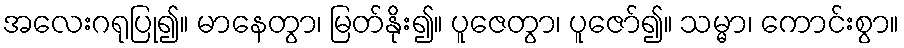
အလေးဂရုပြု၍။ မာနေတွာ၊ မြတ်နိုး၍။ ပူဇေတွာ၊ ပူဇော်၍။ သမ္မာ၊ ကောင်းစွာ။